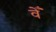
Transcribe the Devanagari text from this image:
वेँ